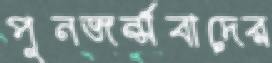
পুনজর্ন্মবাদের